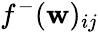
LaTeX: f^{-}(\mathbf{w})_{ij}